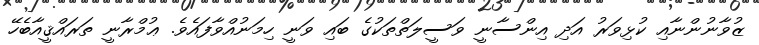
ޒުވާނުންނާއި ކުޅިވަރު އަދި އިންސާނީ ވަސީލަތްތަކުގެ ބައި ވަނީ ހިމަނުއްވާފައެވެ. ޢުމްރާނީ ތަރައްޤީއާބެހޭ